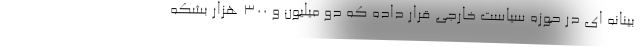
بینانه ای در حوزه سیاست خارجی قرار داده که دو میلیون و ۳۰۰ هزار بشکه